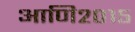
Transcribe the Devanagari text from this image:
आणि२०१५